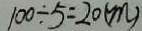
1 0 0 \div 5 = 2 0 ( m )